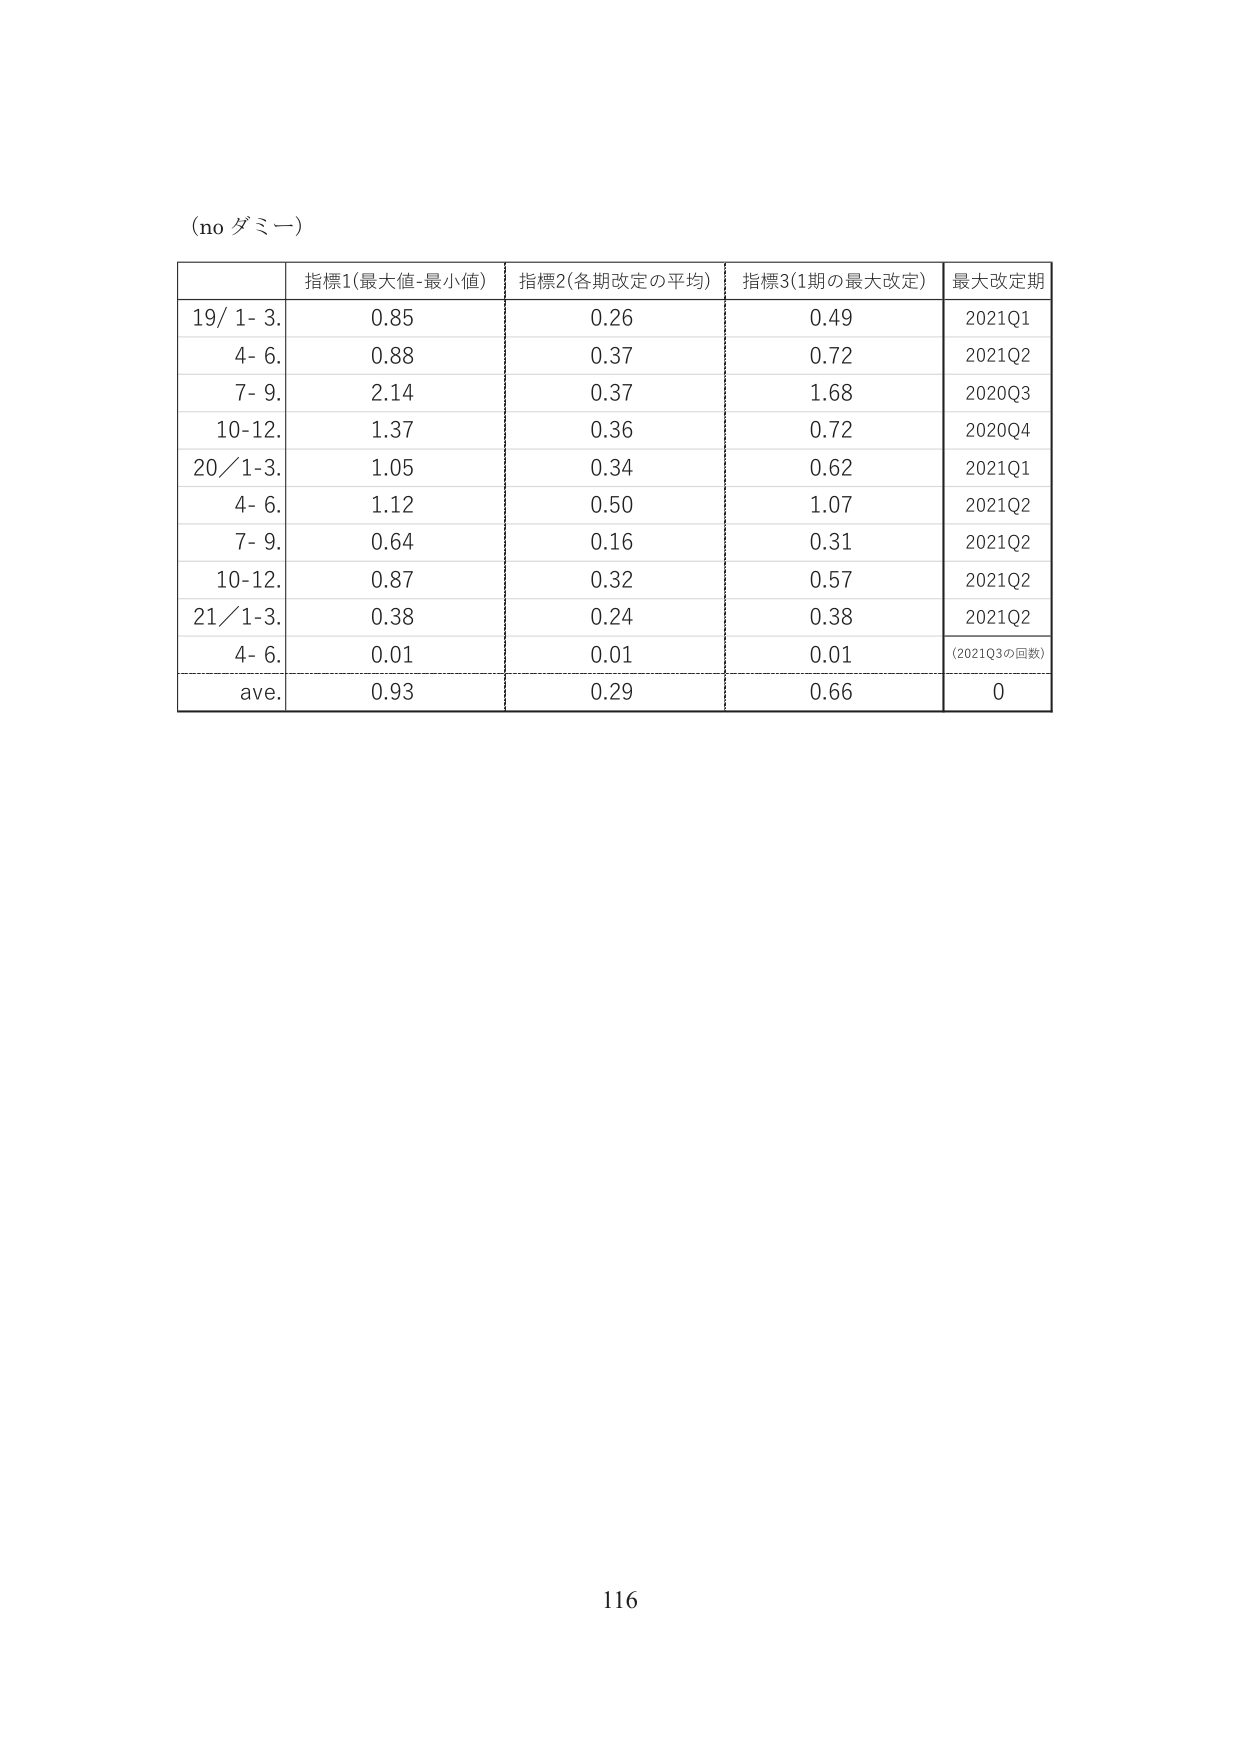
(no ダミー)

指標1(最大値-最小値) 指標2(各期改定の平均) 指標3(1期の最大改定) 最大改定期
19/ 1- 3. 0.85 0.26 0.49 2021Q1
4- 6. 0.88 0.37 0.72 2021Q2
7- 9. 2.14 0.37 1.68 2020Q3
10-12. 1.37 0.36 0.72 2020Q4
20/1-3. 1.05 0.34 0.62 2021Q1
4- 6. 1.12 0.50 1.07 2021Q2
7- 9. 0.64 0.16 0.31 2021Q2
10-12. 0.87 0.32 0.57 2021Q2
21/1-3. 0.38 0.24 0.38 2021Q2
4- 6. 0.01 0.01 0.01 (2021Q3の回数)
ave. 0.93 0.29 0.66 0

116